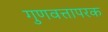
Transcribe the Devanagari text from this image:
गुणवत्तापरक